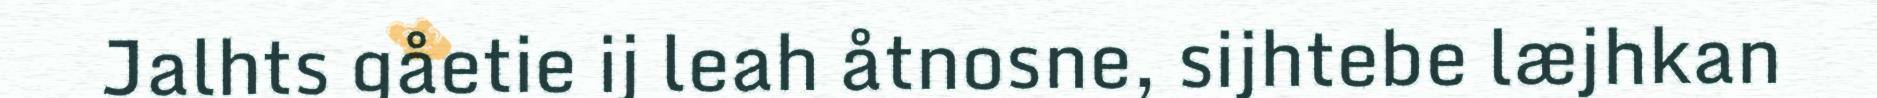
Jalhts gåetie ij leah åtnosne, sijhtebe læjhkan